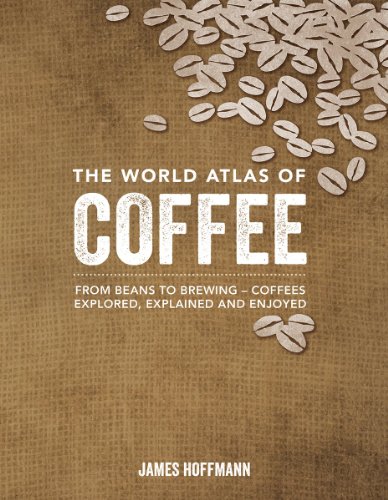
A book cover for The World Atlas of Coffee: From Beans to Brewing -- Coffees Explored, Explained and Enjoyed; James Hoffmann; Cookbooks, Food & Wine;